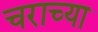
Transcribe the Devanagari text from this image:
चराच्या